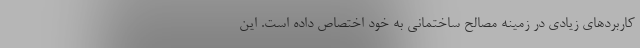
کاربردهای زیادی در زمینه مصالح ساختمانی به خود اختصاص داده است. این